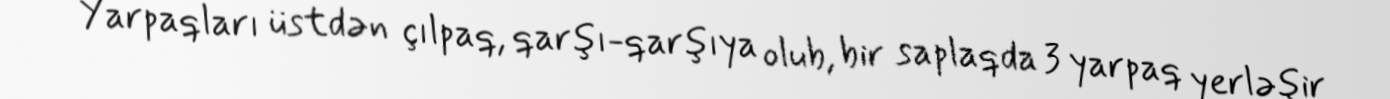
Yarpaqları üstdən çılpaq, qarşı-qarşıya olub, bir saplaqda 3 yarpaq yerləşir